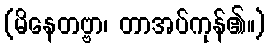
(မိနေတဗ္ဗာ၊ တာအပ်ကုန်၏။)